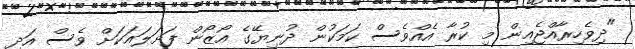
"ދިވެހިރާއްޖެއިން މި ކުރާ އެއްވެސް ކަމަކުން ދުނިޔޭގެ އޯޒޯން ފަށަލައަކަށް ވެސް އަދި